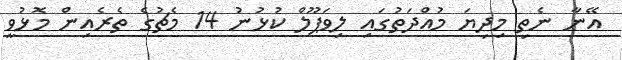
އޭނާ ނެތި މިދިޔަ މުއްދަތުގައި ލިވަޕޫލް ކުޅުނު 14 މެޗުގެ ތެރެއިން މޮޅުވީ